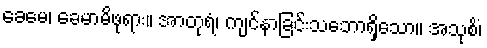
ခေမေ၊ ခေမာမိဖုရား။ အာတုရံ၊ ကျင်နာခြင်းသဘောရှိသော။ အသုစိံ၊